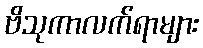
ဗိသုကာလက်ရာများ